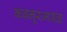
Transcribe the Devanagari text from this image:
कबनूरजवळ